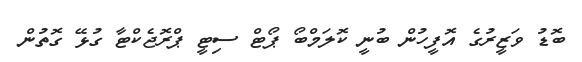
ބޮޑު ވަޒީރުގެ އޮފީހުން ބުނީ ކޮލަމްބޯ ޕޯޓް ސިޓީ ޕްރޮޖެކްޓާ ގުޅޭ ގޮތުން